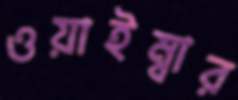
ওয়াইম্বার